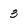
Character: 3